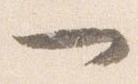
一